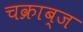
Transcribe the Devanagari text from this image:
चक्राब्ज